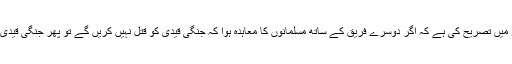
تاہم امام شیبانی نے السیر الکبیر میں تصریح کی ہے کہ اگر دوسرے فریق کے ساتھ مسلمانوں کا معاہدہ ہوا کہ جنگی قیدی کو قتل نہیں کریں گے تو پھر جنگی قیدی کو قتل کرنا ناجائز ہوجائے گا۔